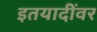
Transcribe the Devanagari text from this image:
इतयादींवर